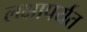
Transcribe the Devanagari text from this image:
लक्षापर्यंत